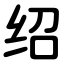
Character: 绍